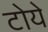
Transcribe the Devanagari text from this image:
टोये